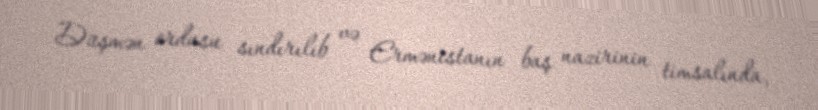
Düşmən ordusu sındırılıb və Ermənistanın baş nazirinin timsalında,